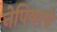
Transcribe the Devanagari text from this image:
नेपियरचे